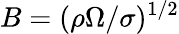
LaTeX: B=(\rho\Omega/\sigma)^{1/2}